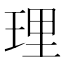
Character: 理